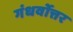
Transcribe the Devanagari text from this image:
गंधर्वोत्तर